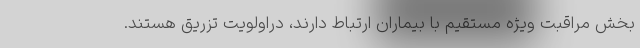
بخش مراقبت ویژه مستقیم با بیماران ارتباط دارند، دراولویت تزریق هستند.